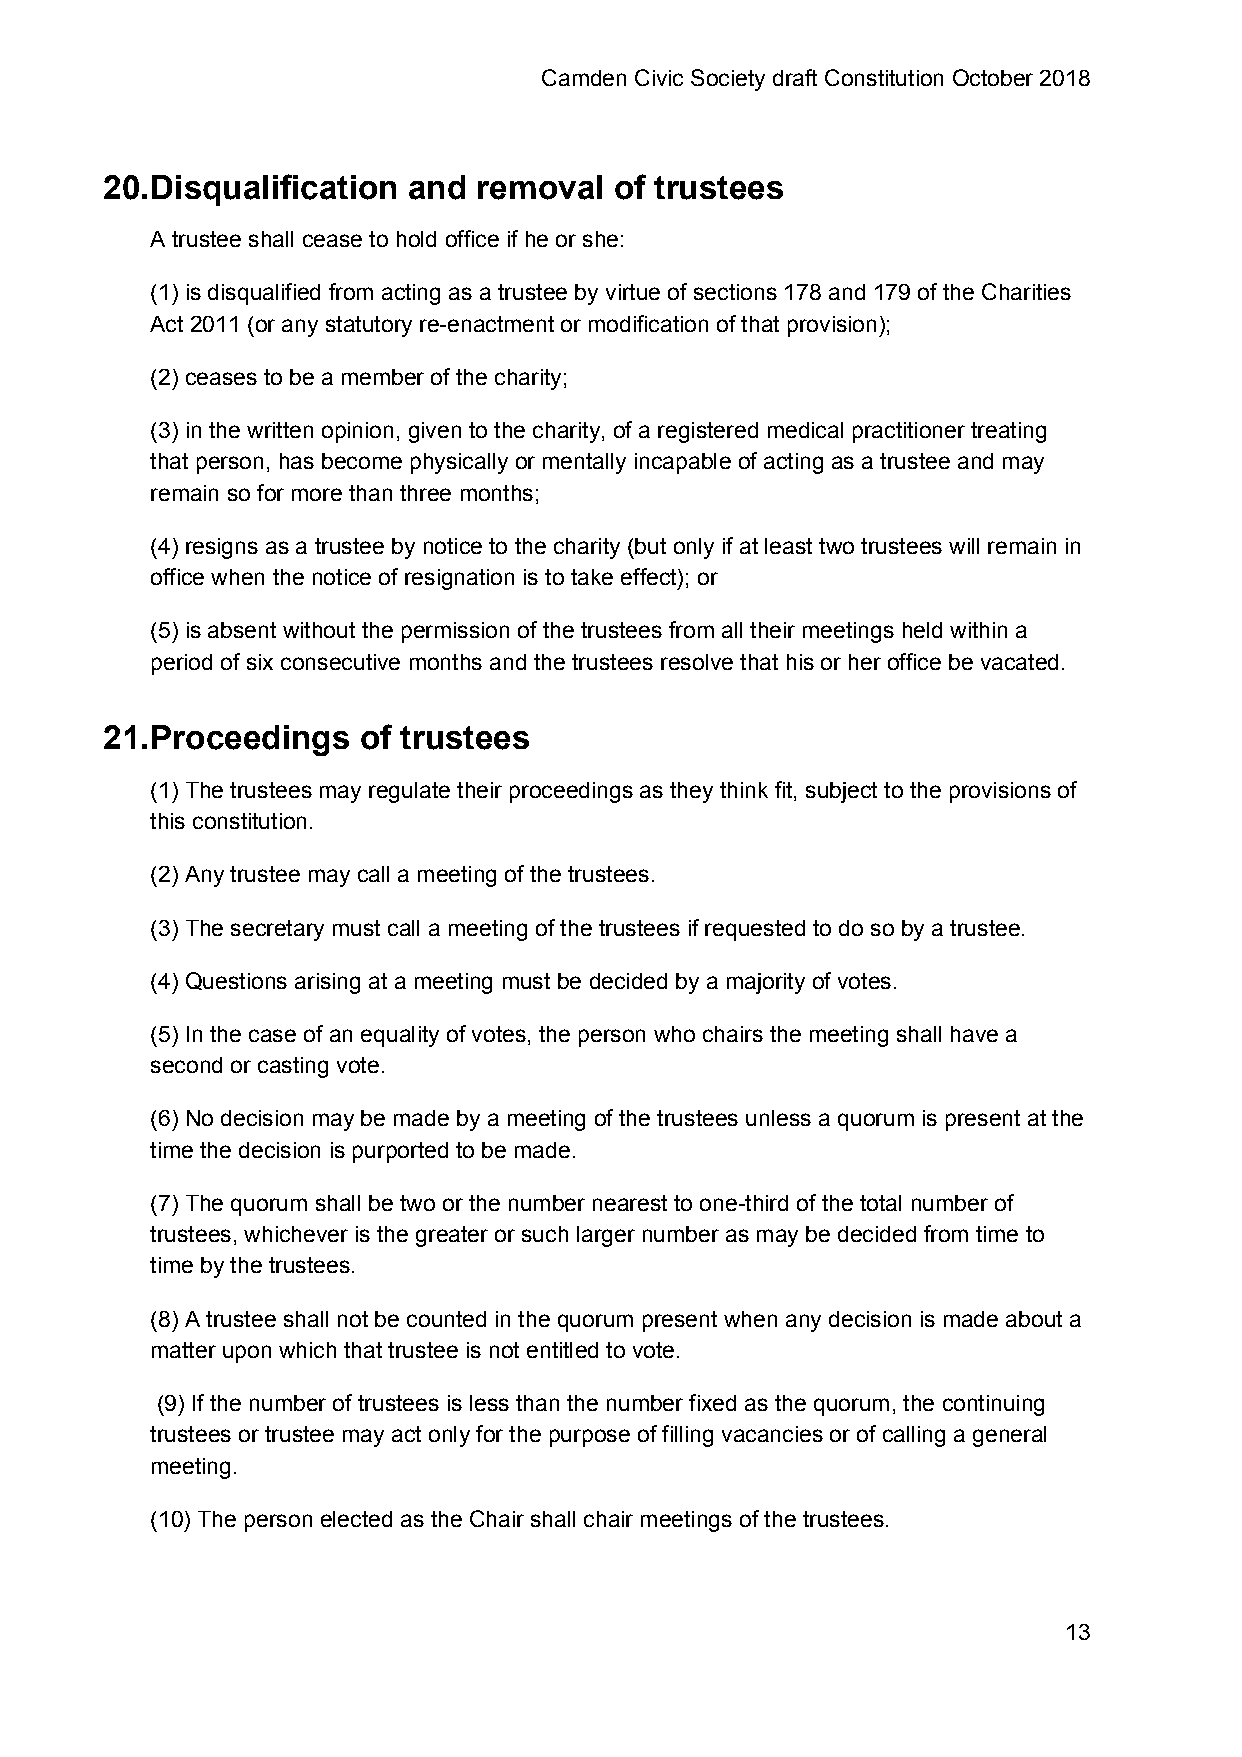
Camden Civic Society draft Constitution October 2018
 20.Disqualification and  removal  of trustees
 A trustee shall cease to hold office if he or she:
 (1) is disqualified from acting as a trustee by virtue of sections 178 and 179 of the Charities
 Act 2011 (or any statutory re-enactment or modification of that provision);
 (2) ceases to be a member of the charity;
 (3) in the written opinion, given to the charity, of a registered medical practitioner treating
 that person, has become physically or mentally incapable of acting as a trustee and may
 remain so for more than three months;
 (4) resigns as a trustee by notice to the charity (but only if at least two trustees will remain in
 office when the notice of resignation is to take effect); or
 (5) is absent without the permission of the trustees from all their meetings held within a
 period of six consecutive months and the trustees resolve that his or her office be vacated.
 21.Proceedings   of trustees
 (1) The trustees may regulate their proceedings as they think fit, subject to the provisions of
 this constitution.
 (2) Any trustee may call a meeting of the trustees.
 (3) The secretary must call a meeting of the trustees if requested to do so by a trustee.
 (4) Questions arising at a meeting must be decided by a majority of votes.
 (5) In the case of an equality of votes, the person who chairs the meeting shall have a
 second or casting vote.
 (6) No decision may be made by a meeting of the trustees unless a quorum is present at the
 time the decision is purported to be made.
 (7) The quorum shall be two or the number nearest to one-third of the total number of
 trustees, whichever is the greater or such larger number as may be decided from time to
 time by the trustees.
 (8) A trustee shall not be counted in the quorum present when any decision is made about a
 matter upon which that trustee is not entitled to vote.
 (9) If the number of trustees is less than the number fixed as the quorum, the continuing
 trustees or trustee may act only for the purpose of filling vacancies or of calling a general
 meeting.
 (10) The person elected as the Chair shall chair meetings of the trustees.
 13